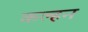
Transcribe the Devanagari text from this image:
कल्हन